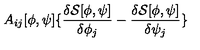
A _ { i j } [ \phi , \psi ] \{ \frac { \delta { \mathcal { S } } [ \phi , \psi ] } { \delta \phi _ { j } } - \frac { \delta { \mathcal { S } } [ \phi , \psi ] } { \delta \psi _ { j } } \}